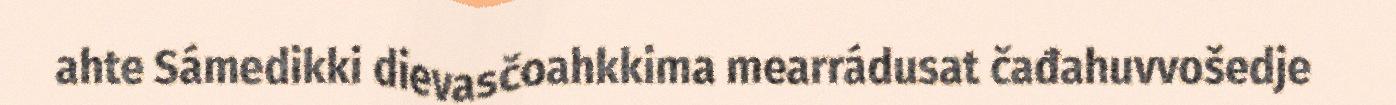
ahte Sámedikki dievasčoahkkima mearrádusat čađahuvvošedje